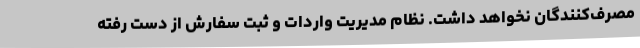
مصرف‌کنندگان نخواهد داشت. نظام مدیریت واردات و ثبت سفارش از دست‌ رفته